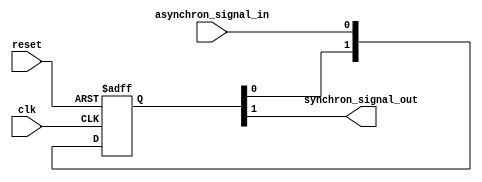
module signal_synchroniser
#(
parameter width = 1
)
(
clk,
reset,
asynchron_signal_in,
synchron_signal_out
);

input clk;
input reset;
input [width-1:0]asynchron_signal_in;

output [width-1:0]synchron_signal_out;

reg [1:0] sychronise_register[width-1:0];

genvar i;

generate

for( i=0; i< width; i=i+1 )
	begin: synchroniser_loop
		always @ (posedge clk or posedge reset)
		begin
			if(reset)
				sychronise_register [i] [1:0] <= 2'b00;
			else
				sychronise_register[i][1:0] <= {sychronise_register [i] [0],asynchron_signal_in[i]};
		end

		assign synchron_signal_out[i] = sychronise_register[i][1];
	end
	
endgenerate


endmodule